Leaving Certificate Examination, 1911
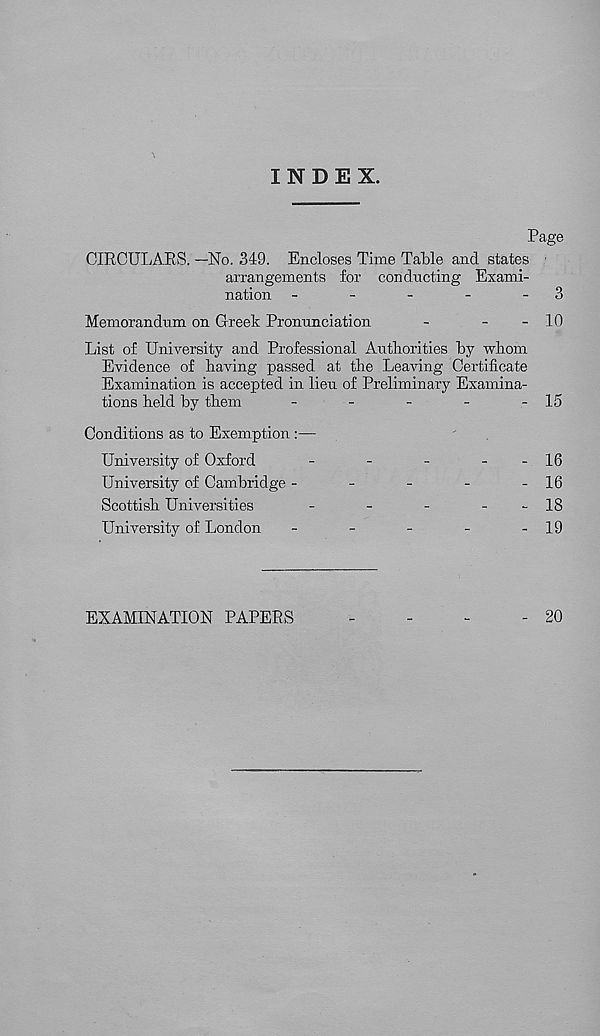
INDEX.
Page
CIRCULARS. —No. 349. Encloses Time Table and states
arrangements for conducting Exami-
nation -
-
-
-
- 3
Memorandum on Greek Pronunciation
-
-
- 10
List of University and Professional Authorities by whom
Evidence of having passed at the Leaving Certificate
Examination is accepted in lieu of Preliminary Examina-
tions held by them
-
-
-
-
- 15
Conditions as to Exemption:—
University of Oxford
-
-
-
-
- 16
University of Cambridge -
-
-
-
- 16
Scottish Universities
-
-
-
-
- 18
University of London
-
-
-
-
- 19
EXAMINATION PAPERS
20